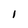
Character: 1